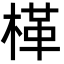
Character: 㮖